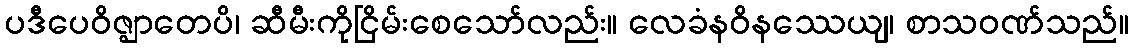
ပဒီပေဝိဇ္ဈာတေပိ၊ ဆီမီးကိုငြိမ်းစေသော်လည်း။ လေခံနဝိနဿေယျ၊ စာသဝဏ်သည်။